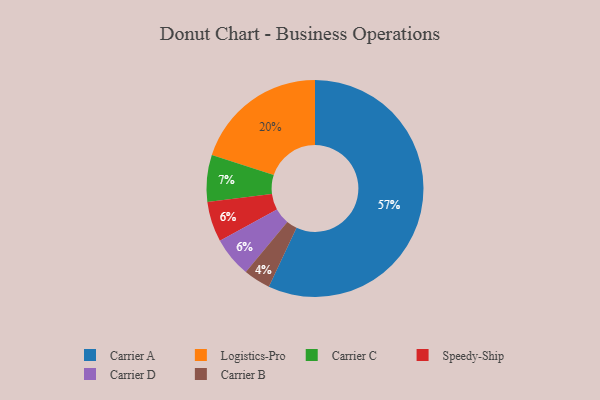
{"axis": {"x": "Category", "y": "Percentage"}, "legend": ["Carrier A", "Carrier B", "Carrier C", "Carrier D", "Logistics-Pro", "Speedy-Ship"], "data": [{"x": "Carrier A", "y": 57, "type": "Carrier A"}, {"x": "Speedy-Ship", "y": 6, "type": "Speedy-Ship"}, {"x": "Logistics-Pro", "y": 20, "type": "Logistics-Pro"}, {"x": "Carrier B", "y": 4, "type": "Carrier B"}, {"x": "Carrier C", "y": 7, "type": "Carrier C"}, {"x": "Carrier D", "y": 6, "type": "Carrier D"}]}